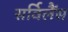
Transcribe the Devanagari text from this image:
सर्विलैंस